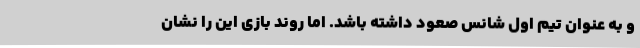
و به عنوان تیم اول شانس صعود داشته باشد. اما روند بازی این را نشان